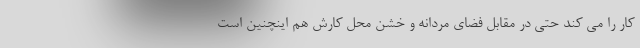
کار را می کند حتی در مقابل فضای مردانه و خشن محل کارش هم اینچنین است